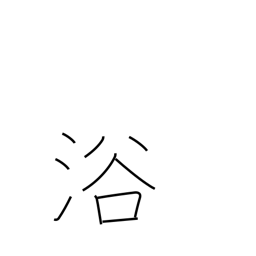
Meaning: be favored with